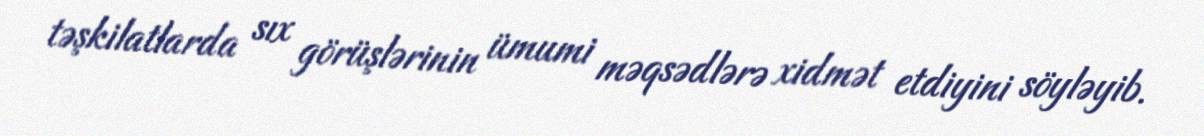
təşkilatlarda sıx görüşlərinin ümumi məqsədlərə xidmət etdiyini söyləyib.